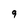
Character: 9